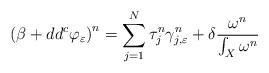
LaTeX: \begin{align*}\left( \beta + dd^c \varphi_\varepsilon \right)^n = \sum_{j=1}^N \tau_j^n \gamma_{j,\varepsilon}^n + \delta \frac{\omega^n}{\int_X\omega^n} \end{align*}